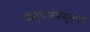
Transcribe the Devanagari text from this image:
कन्यासंप्रयु्क्तक